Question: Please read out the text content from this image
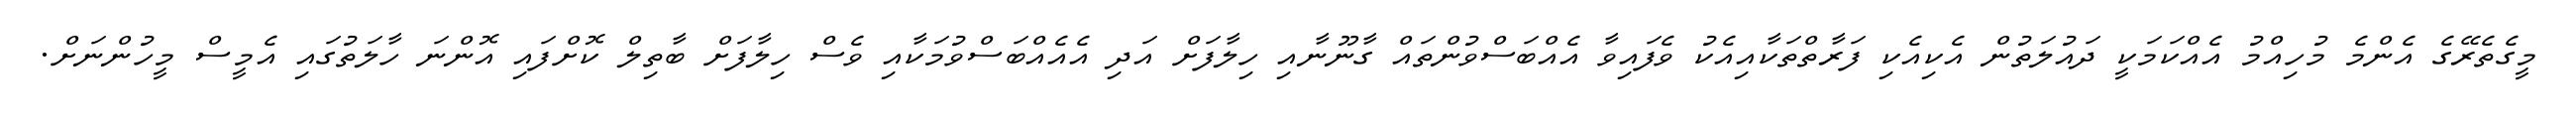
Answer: މީގެތެރޭގެ އެންމެ މުހިއްމު އެއްކަމަކީ ދައުލަތުން އެކިއެކި ފަރާތްތަކާއިއެކު ވެފައިވާ އެއްބަސްވުންތައް ގާނޫނާއި ހިލާފަށް އަދި އެއެއްބަސްވުމަކާއި ވެސް ހިލާފަށް ބާތިލް ކޮށްފައި އޮންނަ ހާލަތުގައި އެމީސް މީހުންނަށް.